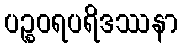
ပဉ္စဝရပရိဒဿနာ